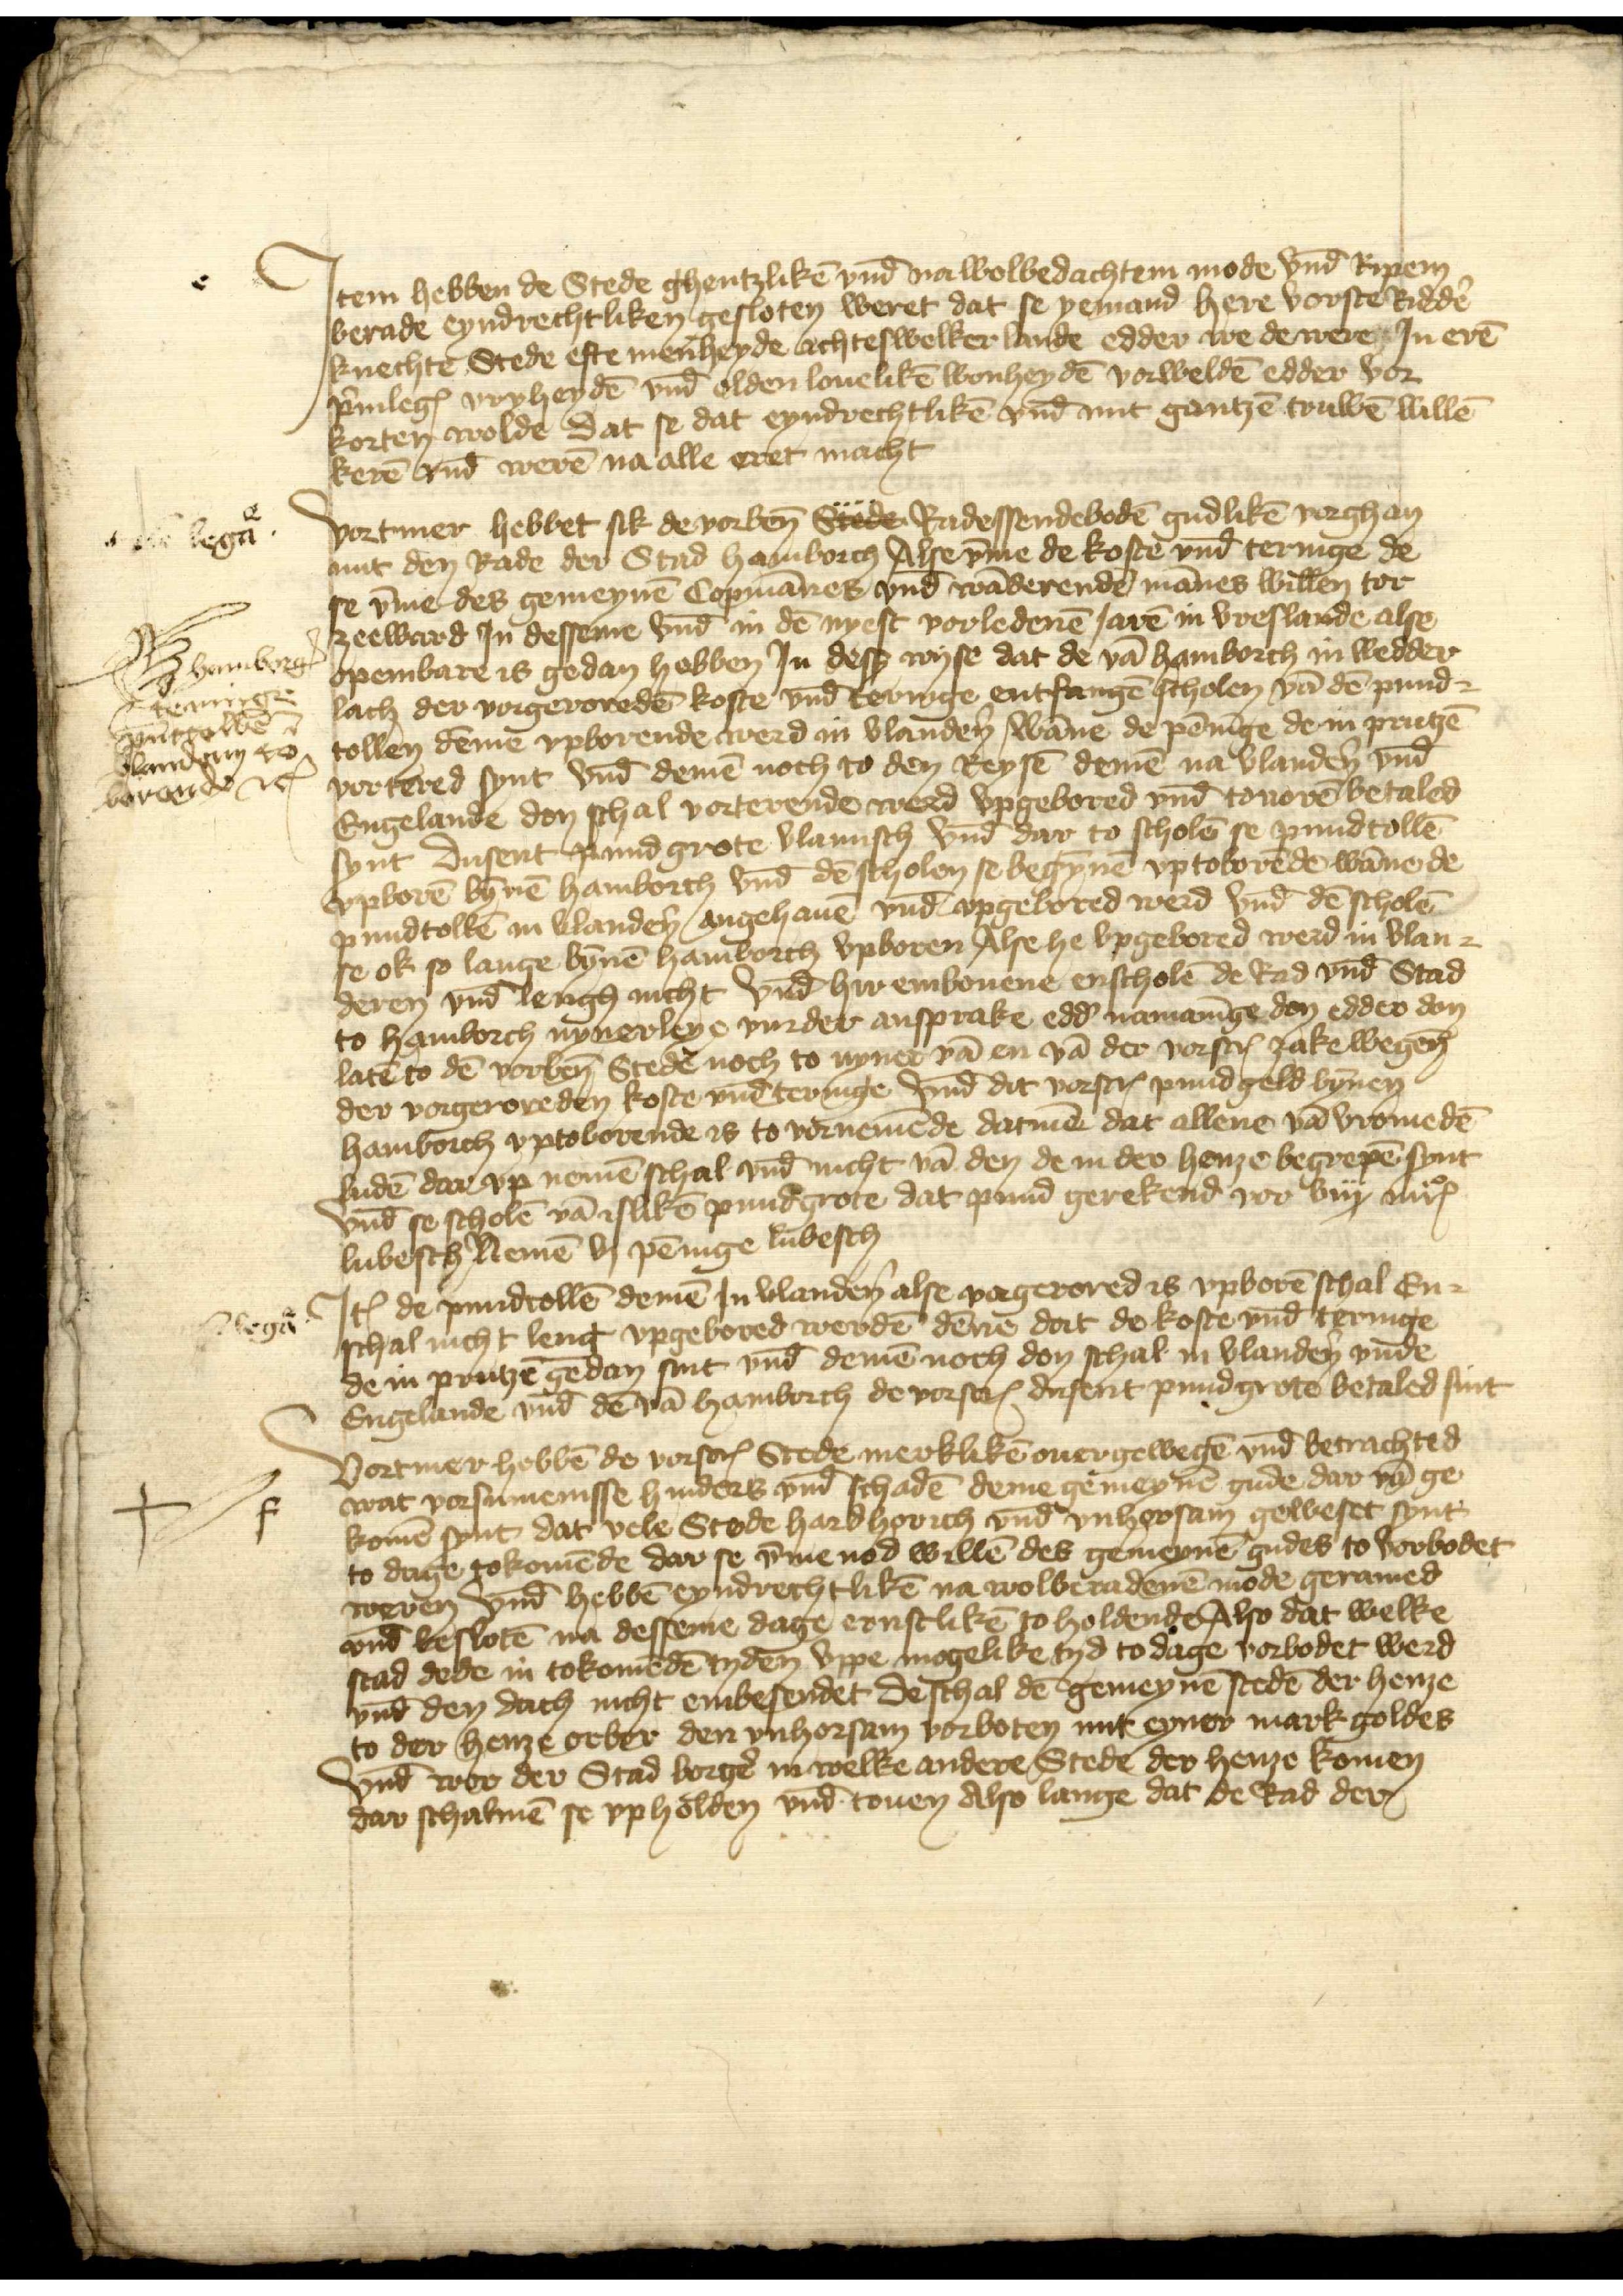
e

Jtem hebben de Stede ghentzlikē vnd̄ na wolbedachten mode vnd̄ ripen
berade eyndrechtliken gesloten weret dat se yemand here vorste Riddẻ
knechte Stede efte menheyde ichteswelker lande edder we de were Jn erē
p̉uilegꝬ vryheydē vnd̄ olden louelikē wonheydē vorweldē edder vor¬
korten wolde dat se dat eyndrechtlikē vnd̄ mit gantzē truwē willē
kerē vnd̄ werē na alle eret macht

lega

HamborgꝬ
teringe
pūttollē
Vlanderen to
vorande etꝬ

Vortmer hebbet sik de vorben̄ Stede Radessendebodē gudlikē vorghan
mit den Rade der Stad Hamborch Alse v̄me de kostē vnd̄ teringe de
se v̄me des gemeynē Copmānes vnd wāderende mānes willen tor
zeeward Jn desseme vnd̄ in dē nyest vorledenē Jarē in Vreslande alse
openbare is gedan hebben Jn desß wyse dat de vā Hamborch in wedder
lach der vorgeroredē koste vnd̄ teringe entfangē scholen vā dē pund¬
tollen dēme vpborende werd in Vlandẻn wāne de pēnīge de in Prutzē
vortered synt vnd̄ demē noch to den Reysē demē na Vlandẻn vnd̄
Engelande den schal vorterende werd vpgebored vnd̄ touorē betaled
synt Dusent pund grote Vlamisch vnd̄ dar to scholē se pundtollē
vpborē bȳnē Hamborch vnd̄ de scholen se begrypē vp toborēde wāne de
pundtollē an Vlandẻn, angehauē vnd̄ vpgebored werd vnd̄ de scholē
se ok so lange bȳnē Hamborch vpboren Alse he ypgebored werd in Vlan¬
deren vnd̄ lengh nicht vnd̄ hir embouene enscholē de Rad vnd̄ Stad
to Hamborch nynerleye vurder ansprake, edd̉ namanīge don edder don
latē to dē vorben̄ Stede noch to nyner vā en vā der vorscrꝬ zake wegen̄
der vorgeroreden koste vnd̄ teringe vnd̄ dit vorscrꝬ pundgeld bȳnen
Hamborch vptoborende is to vornemēde datmē dat allene vā vromedē
ludē dar vp nemē schal vnd nicht vā den de in der henze begrepē synt
vnd̄ se scholē vā islikē pundgrote, dat pund gerekend vor viij mrꝬ
Lubesch nemē vj pēnige lubesch

lega

Jꝷ de pundtollē demē Jn Vlandẻn alse vorgerored is vpborē schal En¬
schal nicht leng vpgebored werdē dēne dat de koste vnd̄ teringe
de in Prutzē gedan sint vnd̄ demē noch den schal in Vlandẻn vnde
Engelande vnd̄ de vā Hamborch de vorscrꝬ dusent pundgrote betaled sint

f

Vortmer hebbē de vorscrꝬ Stede merklikē ouergewegē vnd̄ betrachted
wat vorsumenisse hinders vnd̄ schadē deme gemeynē gude dar vā ge¬
komē synt, dat vele Stede hard horich vnd̄ vnhorsam geweset synt
to dage tokomēde dar se v̄me nod willē des gemeynē gudes to vorbodet
weren vnd̄ hebbē eyndrechtlikē na wolberadenē mode geramed
vnd̄ beslotē na desseme dage ernstlikē to holdende Also dat welke
stad dede in tokomēdē tyden vppe mogelike tyd to dage vorbodet werd
vnd̄ den dach nicht embesendet de schal de gemeynē stedē der henze
to der henze orber den vnhorsam vorboten mit eyner mark goldes
vnd̄ wor der Stad borgẻ in welke andere Stede der henze komen
dar schalmē se vpholden vnd̄ touen Also lange dat de Rad der